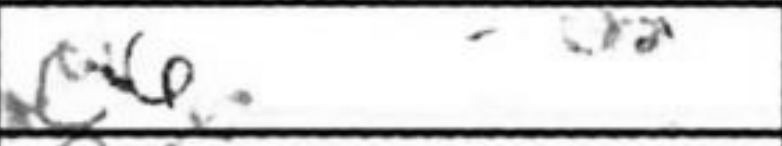
Transcription: c6